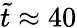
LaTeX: \tilde{t}\approx 40